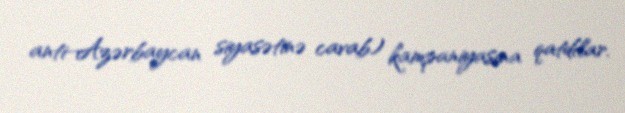
anti-Azərbaycan siyasətinə cavab) kampaniyasına qatdılar.